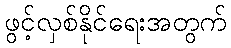
ဖွင့်လှစ်နိုင်ရေးအတွက်